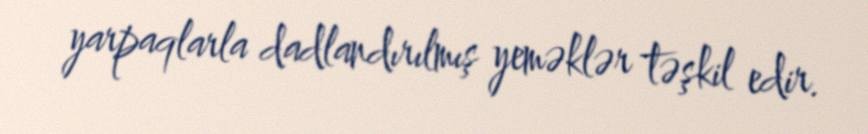
yarpaqlarla dadlandırılmış yeməklər təşkil edir.